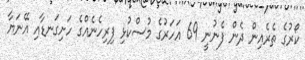
ކޯރުގެ ތެރެއިން ދެން ފެނުނީ 69 އަހަރުގެ މުސްކުޅި ފިރިހެނެއްގެ ހަށިގަނޑާއި އޭނަޔާ